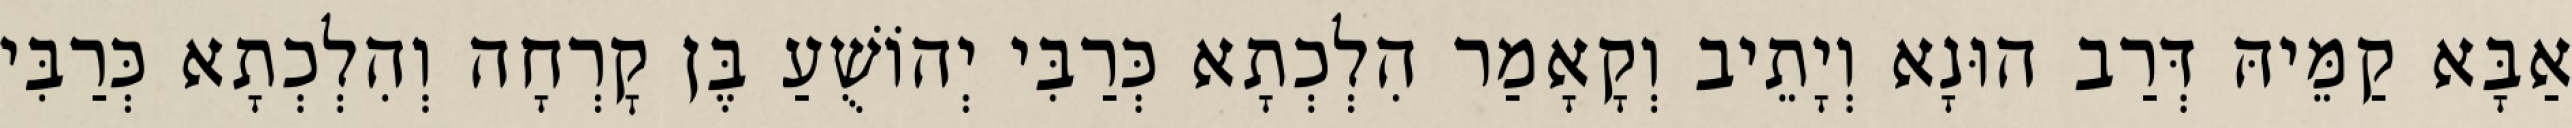
אַבָּא קַמֵּיהּ דְּרַב הוּנָא וְיָתֵיב וְקָאָמַר הִלְכְתָא כְּרַבִּי יְהוֹשֻׁעַ בֶּן קׇרְחָה וְהִלְכְתָא כְּרַבִּי